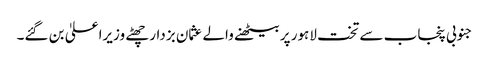
جنوبی پنجاب سے تخت لاہور پر بیٹھنے والے عثمان بزدار چھٹے وزیراعلیٰ بن گئے۔